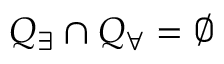
Q _ { \exists } \cap Q _ { \forall } = \emptyset